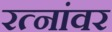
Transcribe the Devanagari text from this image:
रत्‍नांवर